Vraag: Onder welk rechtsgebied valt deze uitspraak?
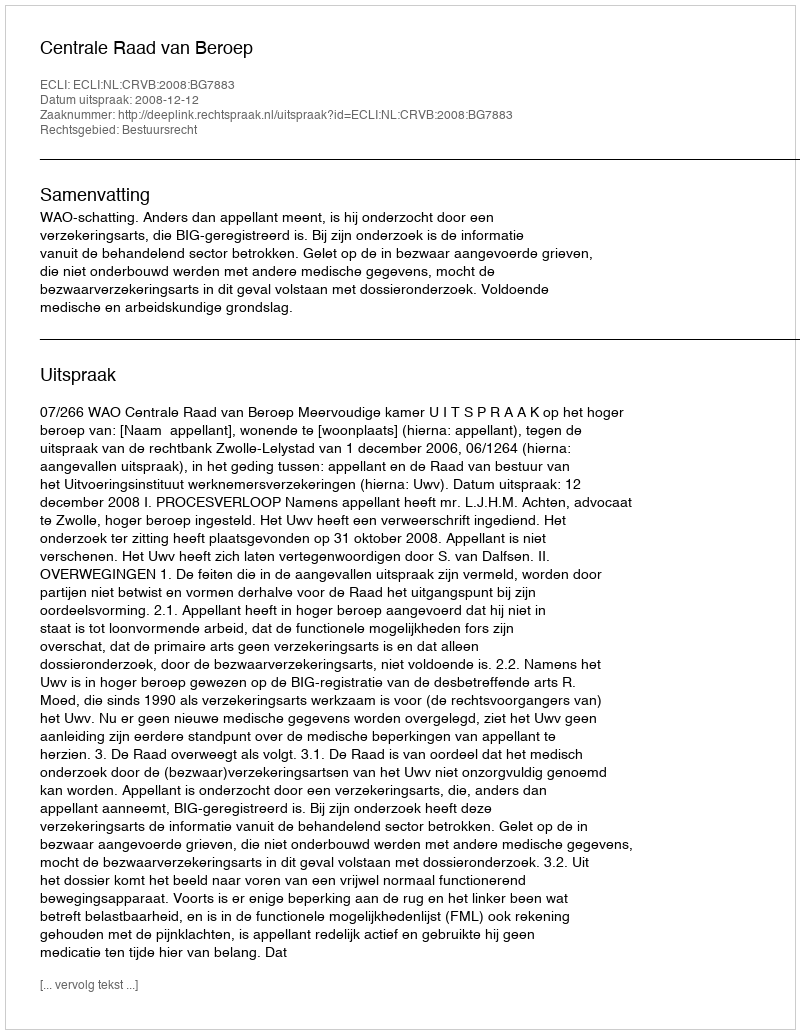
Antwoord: Bestuursrecht